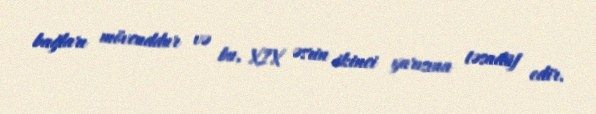
bağları mövcuddur və bu, XIX əsrin ikinci yarısına təsadüf edir.